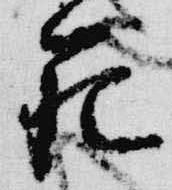
範